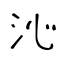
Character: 沁